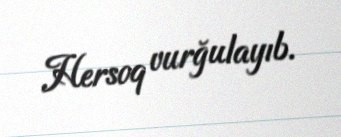
Hersoq vurğulayıb.